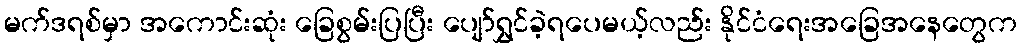
မက်ဒရစ်မှာ အကောင်းဆုံး ခြေစွမ်းပြပြီး ပျော်ရွှင်ခဲ့ရပေမယ့်လည်း နိုင်ငံရေးအခြေအနေတွေက